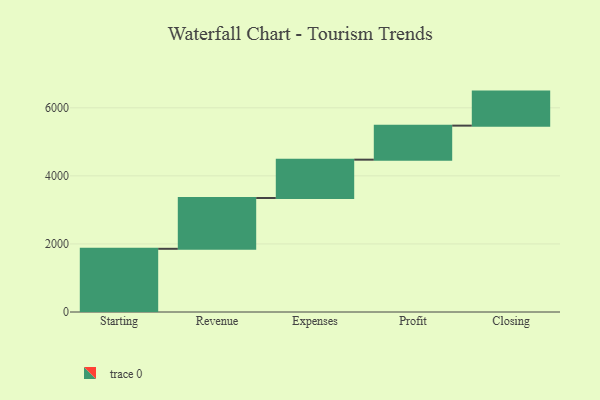
{"axis": {"x": "Step", "y": "Value"}, "legend": [""], "data": [{"x": "Starting", "y": 1857.0, "type": ""}, {"x": "Revenue", "y": 1492.0, "type": ""}, {"x": "Expenses", "y": 1127.0, "type": ""}, {"x": "Profit", "y": 1000, "type": ""}, {"x": "Closing", "y": 1000, "type": ""}]}